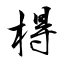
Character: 棏